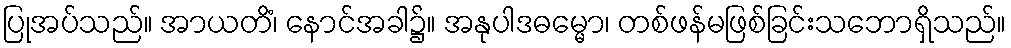
ပြုအပ်သည်။ အာယတိံ၊ နောင်အခါ၌။ အနုပါဒဓမ္မော၊ တစ်ဖန်မဖြစ်ခြင်းသဘောရှိသည်။